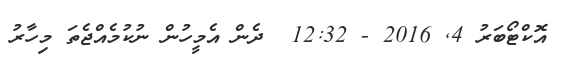
އޮކްޓޯބަރު 4